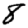
Digit: 8